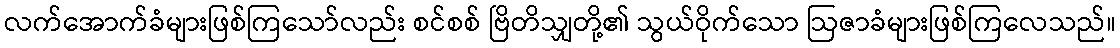
လက်အောက်ခံများဖြစ်ကြသော်လည်း စင်စစ် ဗြိတိသျှတို့၏ သွယ်ဝိုက်သော ဩဇာခံများဖြစ်ကြလေသည်။